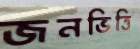
জনভিত্তি